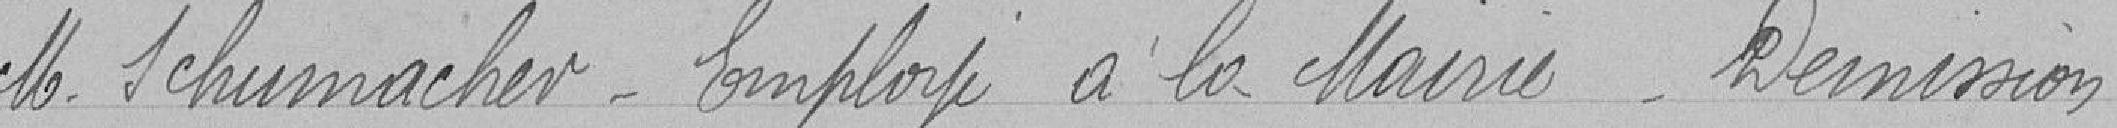
Monsieur Schumacher - Employé à la Mairie - Demissions.